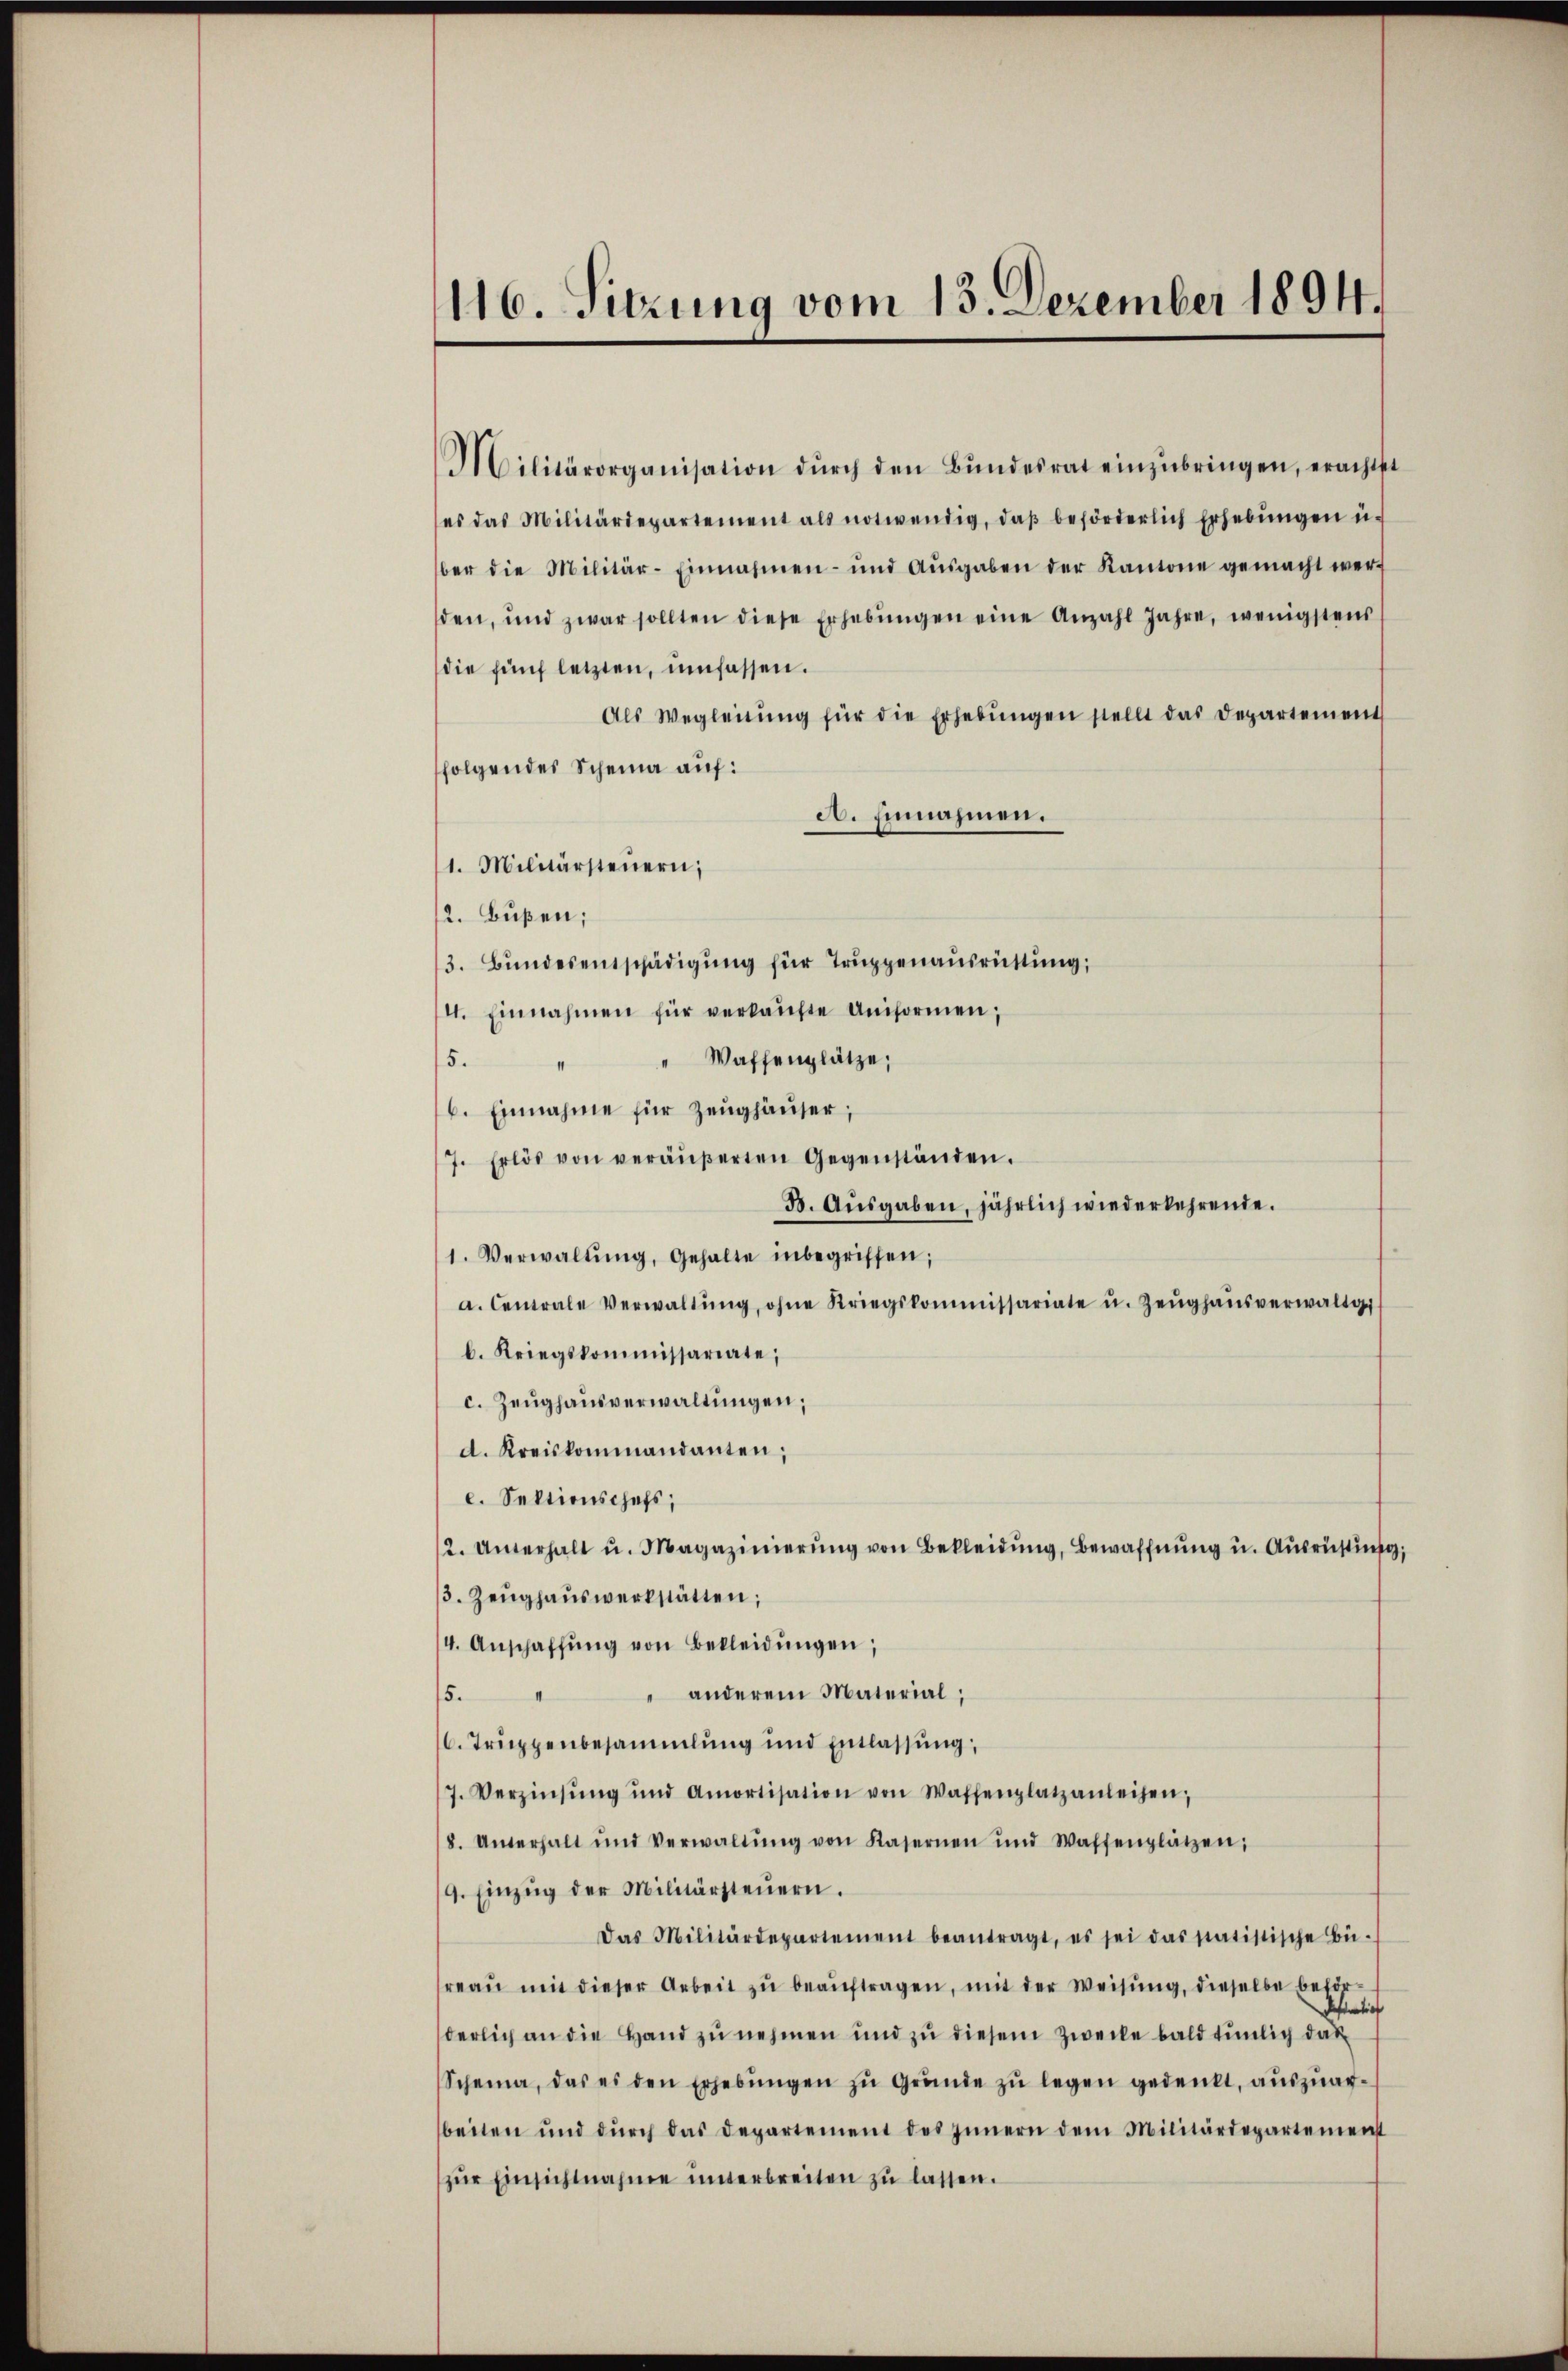
116. Sitzung vom 13. Dezember 1894.

Militärorganisation dŭrch den Bŭndesrat einzŭbringen, erachtet
es das Militärdepartement als notwendig, daβ beförderlich Erhebŭngen u.
ber die Militär-Einnahmen- und Aŭsgaben der Kantone gemacht wer
den, und zwar sollten diese Erhebŭngen eine Anzahl Jahre, wenigstens
die fünf letzten, umfassen.
Als Wegleitŭng für die Erhebŭngen stellt das Departement
folgendes Scheina auf:
A. Einnahmen.
1. Militärsteuern;
2. Bußen;
3. Bundesentschädigung für Truppenausrüstung,
4. Einnahmen für verkaŭfte Uniformen,
" " Waffenplätze,
5.
6. Einnahme für Zeughäuser;
7. Erlös von veräŭβerten Gegenständen.
3. Aŭsgaben, jährlich wiederkehrende.
1. Verwaltŭng, Gehalte inbegriffen;
a. Centrale Verwaltŭng, ohne Kriegskommissariate u. Zeŭghaŭsverwaltg
b. Kriegskommissariate;
c. Zeughausverwaltungen,
d. Kreiskommandanten;
c. Sektionschefs,
2. Unterhalt u. Magazinierŭng von Bekleidŭng, Bewaffnŭng u. Ausrüstung
3. Zeŭghaŭswerkstätten;
4. Anschaffŭng von Bekleidŭngen,
" anderem Material,
5.
C. Truppenbesammlung und Entlassung,
7. Verzinsŭng und Amortisation von Waffenplatzanleihen,
8. Unterhalt und Verwaltŭng von Kasernen und Waffenplätzen;
9. Einzŭg der Militärsteŭern.
Das Militärdepartement beantragt, es sei das satistische Bü-
reaŭ mit dieser Arbeit zŭ beaŭftragen, mit der Weisŭng, dieselbe beför-
Definition
derlich an die Hand zu nehmen und zu diesem Zwecke bald tunlich das
Schema, das es den Erhebŭngen zŭ Grŭnde zŭ legen gedenkt, aŭszŭar-
beiten und dŭrch das Departement des Innern dem Militärdepartement
zŭr Einsichtnahme unterbreiten zŭ lassen.